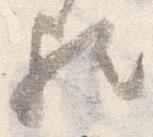
歟